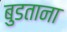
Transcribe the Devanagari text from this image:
बुडताना